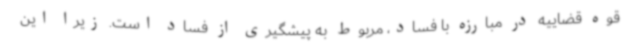
قوه قضاییه در مبارزه با فساد، مربوط به پیشگیری از فساد است. زیرا این